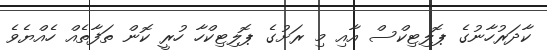
ކާދަރުހާނުގެ ޕޮލިޓިކްސް އާއި މި ރަށުގެ ޕޮލިޓިކްހާ ހުރީ ކޮން ތަފާތެއް ހެއްޔެވެ